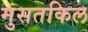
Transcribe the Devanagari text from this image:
मुसतकिल